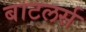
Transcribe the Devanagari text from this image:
बाटलर्स